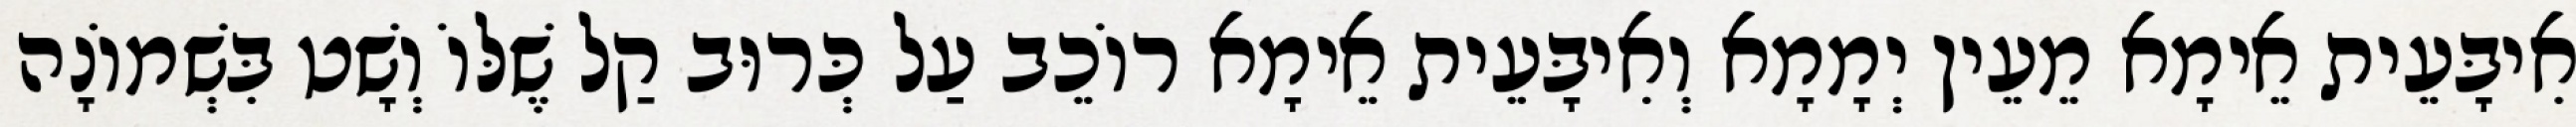
אִיבָּעֵית אֵימָא מֵעֵין יְמָמָא וְאִיבָּעֵית אֵימָא רוֹכֵב עַל כְּרוּב קַל שֶׁלּוֹ וְשָׁט בִּשְׁמוֹנָה